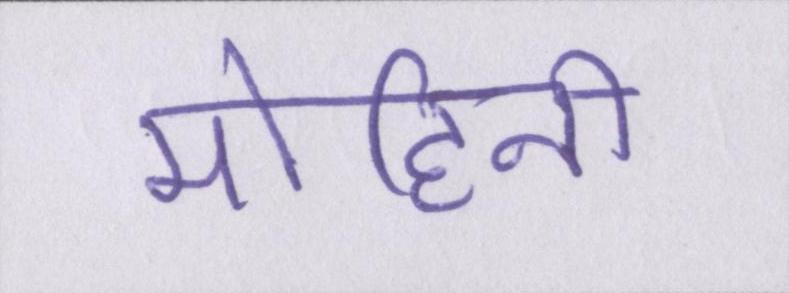
मोहिनी